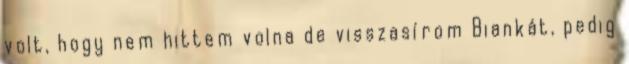
volt, hogy nem hittem volna de visszasírom Biankát, pedig